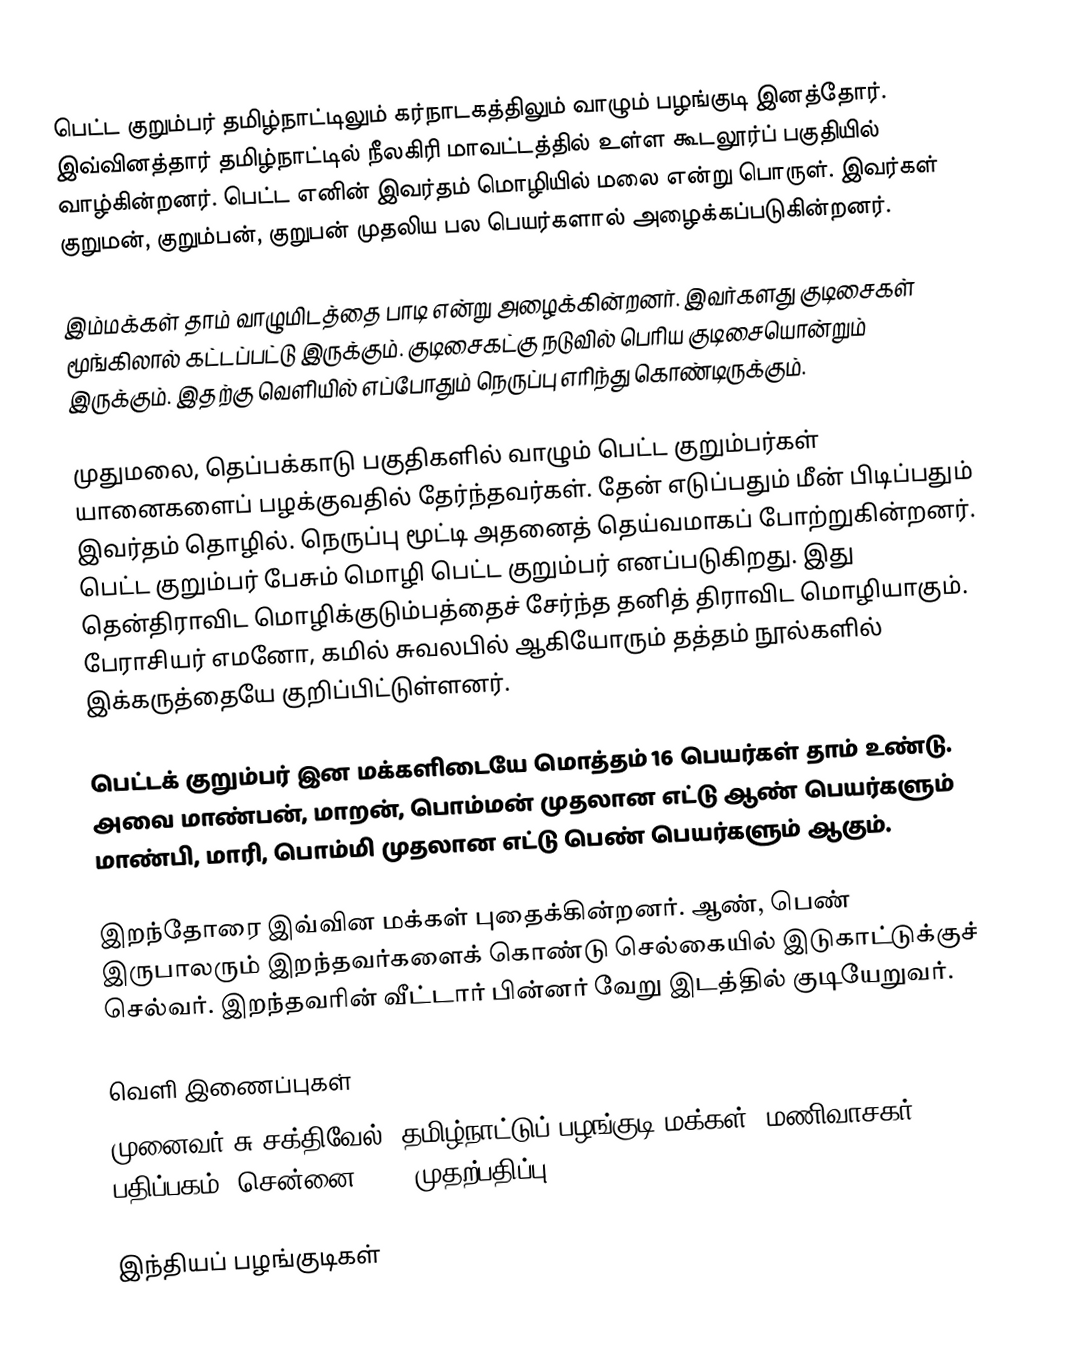
பெட்ட குறும்பர் தமிழ்நாட்டிலும் கர்நாடகத்திலும் வாழும் பழங்குடி இனத்தோர். இவ்வினத்தார் தமிழ்நாட்டில் நீலகிரி மாவட்டத்தில் உள்ள கூடலூர்ப் பகுதியில் வாழ்கின்றனர். பெட்ட எனின் இவர்தம் மொழியில் மலை என்று பொருள். இவர்கள் குறுமன், குறும்பன், குறுபன் முதலிய பல பெயர்களால் அழைக்கப்படுகின்றனர்.

இம்மக்கள் தாம் வாழுமிடத்தை பாடி என்று அழைக்கின்றனர். இவர்களது குடிசைகள் மூங்கிலால் கட்டப்பட்டு இருக்கும். குடிசைகட்கு நடுவில் பெரிய குடிசையொன்றும் இருக்கும். இதற்கு வெளியில் எப்போதும் நெருப்பு எரிந்து கொண்டிருக்கும்.

முதுமலை, தெப்பக்காடு பகுதிகளில் வாழும் பெட்ட குறும்பர்கள் யானைகளைப் பழக்குவதில் தேர்ந்தவர்கள். தேன் எடுப்பதும் மீன் பிடிப்பதும் இவர்தம் தொழில். நெருப்பு மூட்டி அதனைத் தெய்வமாகப் போற்றுகின்றனர். பெட்ட குறும்பர் பேசும் மொழி பெட்ட குறும்பர் எனப்படுகிறது. இது தென்திராவிட மொழிக்குடும்பத்தைச் சேர்ந்த தனித் திராவிட மொழியாகும். பேராசியர் எமனோ, கமில் சுவலபில் ஆகியோரும் தத்தம் நூல்களில் இக்கருத்தையே குறிப்பிட்டுள்ளனர்.

பெட்டக் குறும்பர் இன மக்களிடையே மொத்தம் 16 பெயர்கள் தாம் உண்டு. அவை மாண்பன், மாறன், பொம்மன் முதலான எட்டு ஆண் பெயர்களும் மாண்பி, மாரி, பொம்மி முதலான எட்டு பெண் பெயர்களும் ஆகும்.

இறந்தோரை இவ்வின மக்கள் புதைக்கின்றனர். ஆண், பெண் இருபாலரும் இறந்தவர்களைக் கொண்டு செல்கையில் இடுகாட்டுக்குச் செல்வர். இறந்தவரின் வீட்டார் பின்னர் வேறு இடத்தில் குடியேறுவர்.

வெளி இணைப்புகள்
  முனைவர் சு.சக்திவேல், தமிழ்நாட்டுப் பழங்குடி மக்கள், மணிவாசகர் பதிப்பகம், சென்னை-108, முதற்பதிப்பு: 1998

இந்தியப் பழங்குடிகள்